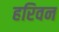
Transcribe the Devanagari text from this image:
हरिवन